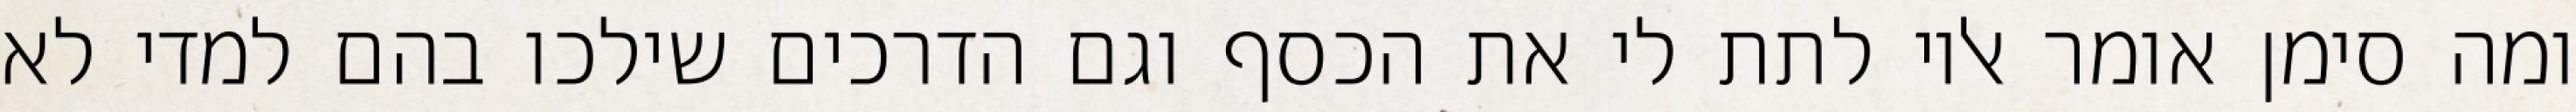
ומה סימן אומר אליו לתת לי את הכסף וגם הדרכים שילכו בהם למדי לא